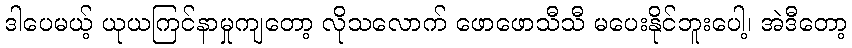
ဒါပေမယ့် ယုယကြင်နာမှုကျတော့ လိုသလောက် ဖောဖောသီသီ မပေးနိုင်ဘူးပေါ့၊ အဲဒီတော့